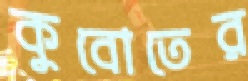
কুবোতের